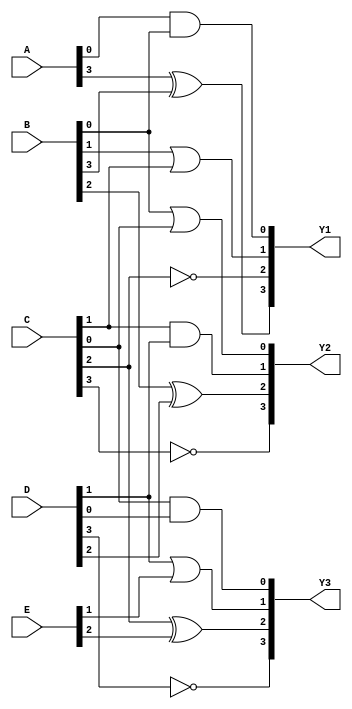
module combinational_logic_block (
    input wire [3:0] A,  // Input signal A (4 bits)
    input wire [3:0] B,  // Input signal B (4 bits)
    input wire [3:0] C,  // Input signal C (4 bits)
    input wire [3:0] D,  // Input signal D (4 bits)
    input wire [3:0] E,  // Input signal E (4 bits)
    output wire [3:0] Y1, // Output for Group 1
    output wire [3:0] Y2, // Output for Group 2
    output wire [3:0] Y3  // Output for Group 3
);

// Logic for Group 1: {A, B, C}
assign Y1[0] = A[0] & B[0];          // AND operation
assign Y1[1] = B[1] | C[1];          // OR operation
assign Y1[2] = ~C[2];                 // NOT operation
assign Y1[3] = A[3] ^ B[3];          // XOR operation

// Logic for Group 2: {B, C, D}
assign Y2[0] = B[0] | C[0];          // OR operation
assign Y2[1] = C[1] & D[1];          // AND operation
assign Y2[2] = B[2] ^ D[2];          // XOR operation
assign Y2[3] = ~C[3];                 // NOT operation

// Logic for Group 3: {C, D, E}
assign Y3[0] = C[0] & D[0];          // AND operation
assign Y3[1] = D[1] | E[1];          // OR operation
assign Y3[2] = C[2] ^ E[2];          // XOR operation
assign Y3[3] = ~D[3];                 // NOT operation

endmodule